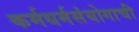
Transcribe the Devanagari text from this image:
कर्मधर्मसंयोगाची